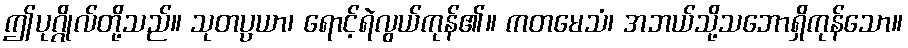
ဤပုဂ္ဂိုလ်တို့သည်။ သုတပ္ပယာ၊ ရောင့်ရဲလွယ်ကုန်၏။ ကတမေသံ၊ အဘယ်သို့သဘောရှိကုန်သော။